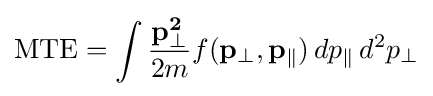
{\text{MTE}}=\int {\frac {\mathbf {p_{\perp }^{2}} }{2m}}f(\mathbf {p_{\perp }} ,\mathbf {p_{\parallel }} )\,dp_{\parallel }\,d^{2}p_{\perp }